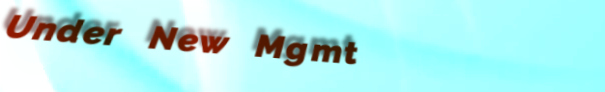
Under New Mgmt